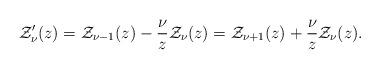
LaTeX: \begin{align*}\mathcal{Z}_{\nu}'(z)=\mathcal{Z}_{\nu-1}(z)-\frac{\nu}{z}\mathcal{Z}_{\nu}(z)=\mathcal{Z}_{\nu+1}(z)+\frac{\nu}{z}\mathcal{Z}_{\nu}(z).\end{align*}